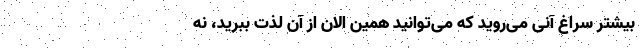
بیشتر سراغ آنی می‌روید که می‌توانید همین الان از آن لذت ببرید، نه